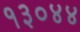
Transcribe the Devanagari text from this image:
१३०४४